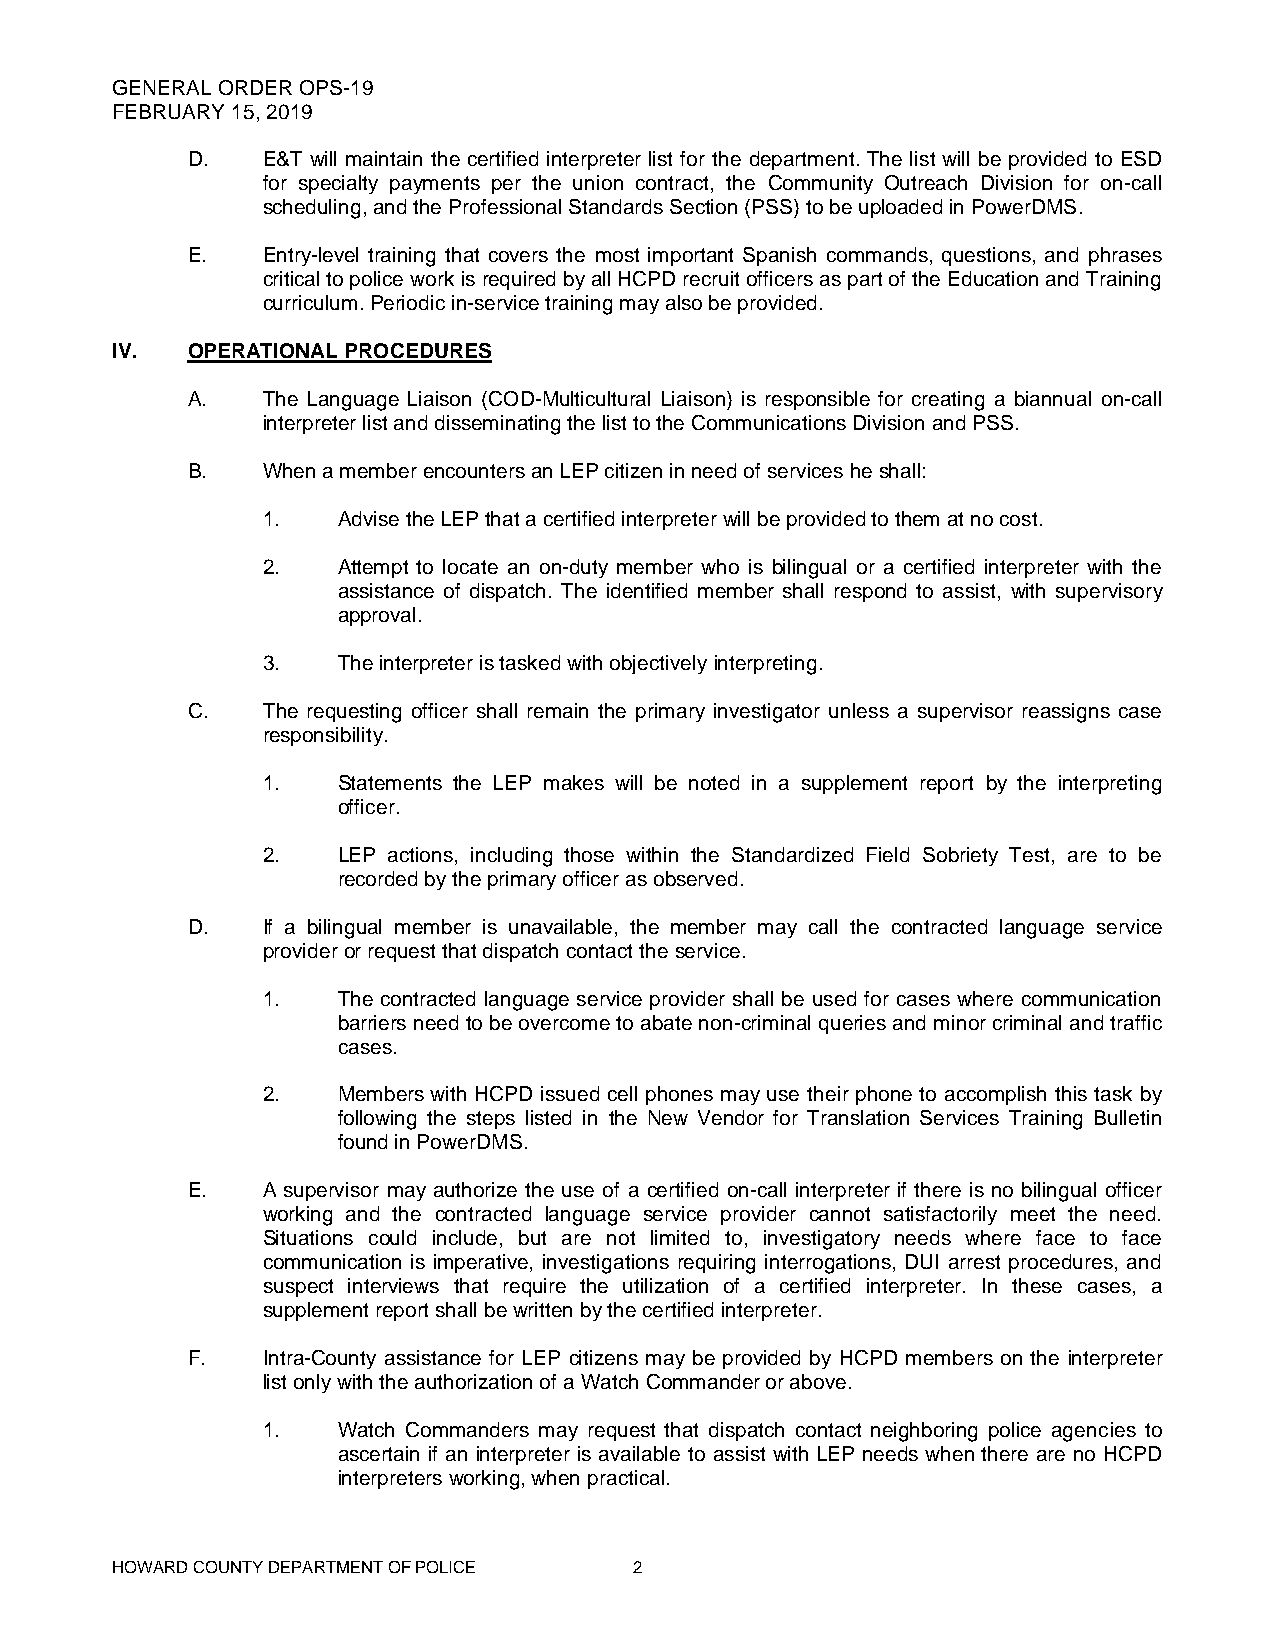
GENERAL ORDER OPS-19
 FEBRUARY 15, 2019
 D.   E&T will maintain the certified interpreter list for the department. The list will be provided to ESD
 for specialty payments per the union contract, the Community Outreach Division for on-call
 scheduling, and the Professional Standards Section (PSS) to be uploaded in PowerDMS.
 E.   Entry-level training that covers the most important Spanish commands, questions, and phrases
 critical to police work is required by all HCPD recruit officers as part of the Education and Training
 curriculum. Periodic in-service training may also be provided.
 IV.  OPERATIONAL PROCEDURES
 A.   The Language Liaison (COD-Multicultural Liaison) is responsible for creating a biannual on-call
 interpreter list and disseminating the list to the Communications Division and PSS.
 B.   When a member encounters an LEP citizen in need of services he shall:
 1.   Advise the LEP that a certified interpreter will be provided to them at no cost.
 2.   Attempt to locate an on-duty member who is bilingual or a certified interpreter with the
 assistance of dispatch. The identified member shall respond to assist, with supervisory
 approval.
 3.   The interpreter is tasked with objectively interpreting.
 C.   The requesting officer shall remain the primary investigator unless a supervisor reassigns case
 responsibility.
 1.   Statements the LEP makes will be noted in a supplement report by the interpreting
 officer.
 2.   LEP actions, including those within the Standardized Field Sobriety Test, are to be
 recorded by the primary officer as observed.
 D.   If a bilingual member is unavailable, the member may call the contracted language service
 provider or request that dispatch contact the service.
 1.   The contracted language service provider shall be used for cases where communication
 barriers need to be overcome to abate non-criminal queries and minor criminal and traffic
 cases.
 2.   Members with HCPD issued cell phones may use their phone to accomplish this task by
 following the steps listed in the New Vendor for Translation Services Training Bulletin
 found in PowerDMS.
 E.   A supervisor may authorize the use of a certified on-call interpreter if there is no bilingual officer
 working and the contracted language service provider cannot satisfactorily meet the need.
 Situations could include, but are not limited to, investigatory needs where face to face
 communication is imperative, investigations requiring interrogations, DUI arrest procedures, and
 suspect interviews that require the utilization of a certified interpreter. In these cases, a
 supplement report shall be written by the certified interpreter.
 F.   Intra-County assistance for LEP citizens may be provided by HCPD members on the interpreter
 list only with the authorization of a Watch Commander or above.
 1.   Watch Commanders may request that dispatch contact neighboring police agencies to
 ascertain if an interpreter is available to assist with LEP needs when there are no HCPD
 interpreters working, when practical.
 HOWARD COUNTY DEPARTMENT OF POLICE 2